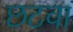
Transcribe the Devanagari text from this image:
छटवा